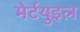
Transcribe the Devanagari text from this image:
मेर्टयुइल